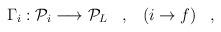
LaTeX: \begin{align*}\Gamma_i: {\cal P}_i \longrightarrow {\cal P}_L\;\;\;,\;\;\;(i \rightarrow f) \;\;\; ,\end{align*}